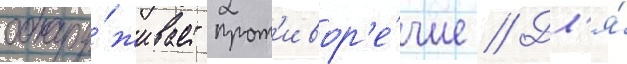
обнару́живает прот'ивор'е́чие // Дл'я́